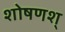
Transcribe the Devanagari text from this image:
शोषणश्